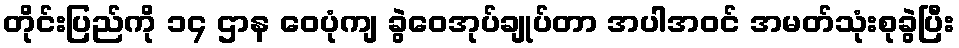
တိုင်းပြည်ကို ၁၄ ဌာန ဝေပုံကျ ခွဲဝေအုပ်ချုပ်တာ အပါအဝင် အမတ်သုံးစုခွဲပြီး